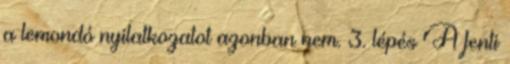
a lemondó nyilatkozatot azonban nem. 3. lépés A fenti